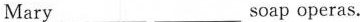
Mary___ ___soap operas.